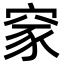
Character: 䆥